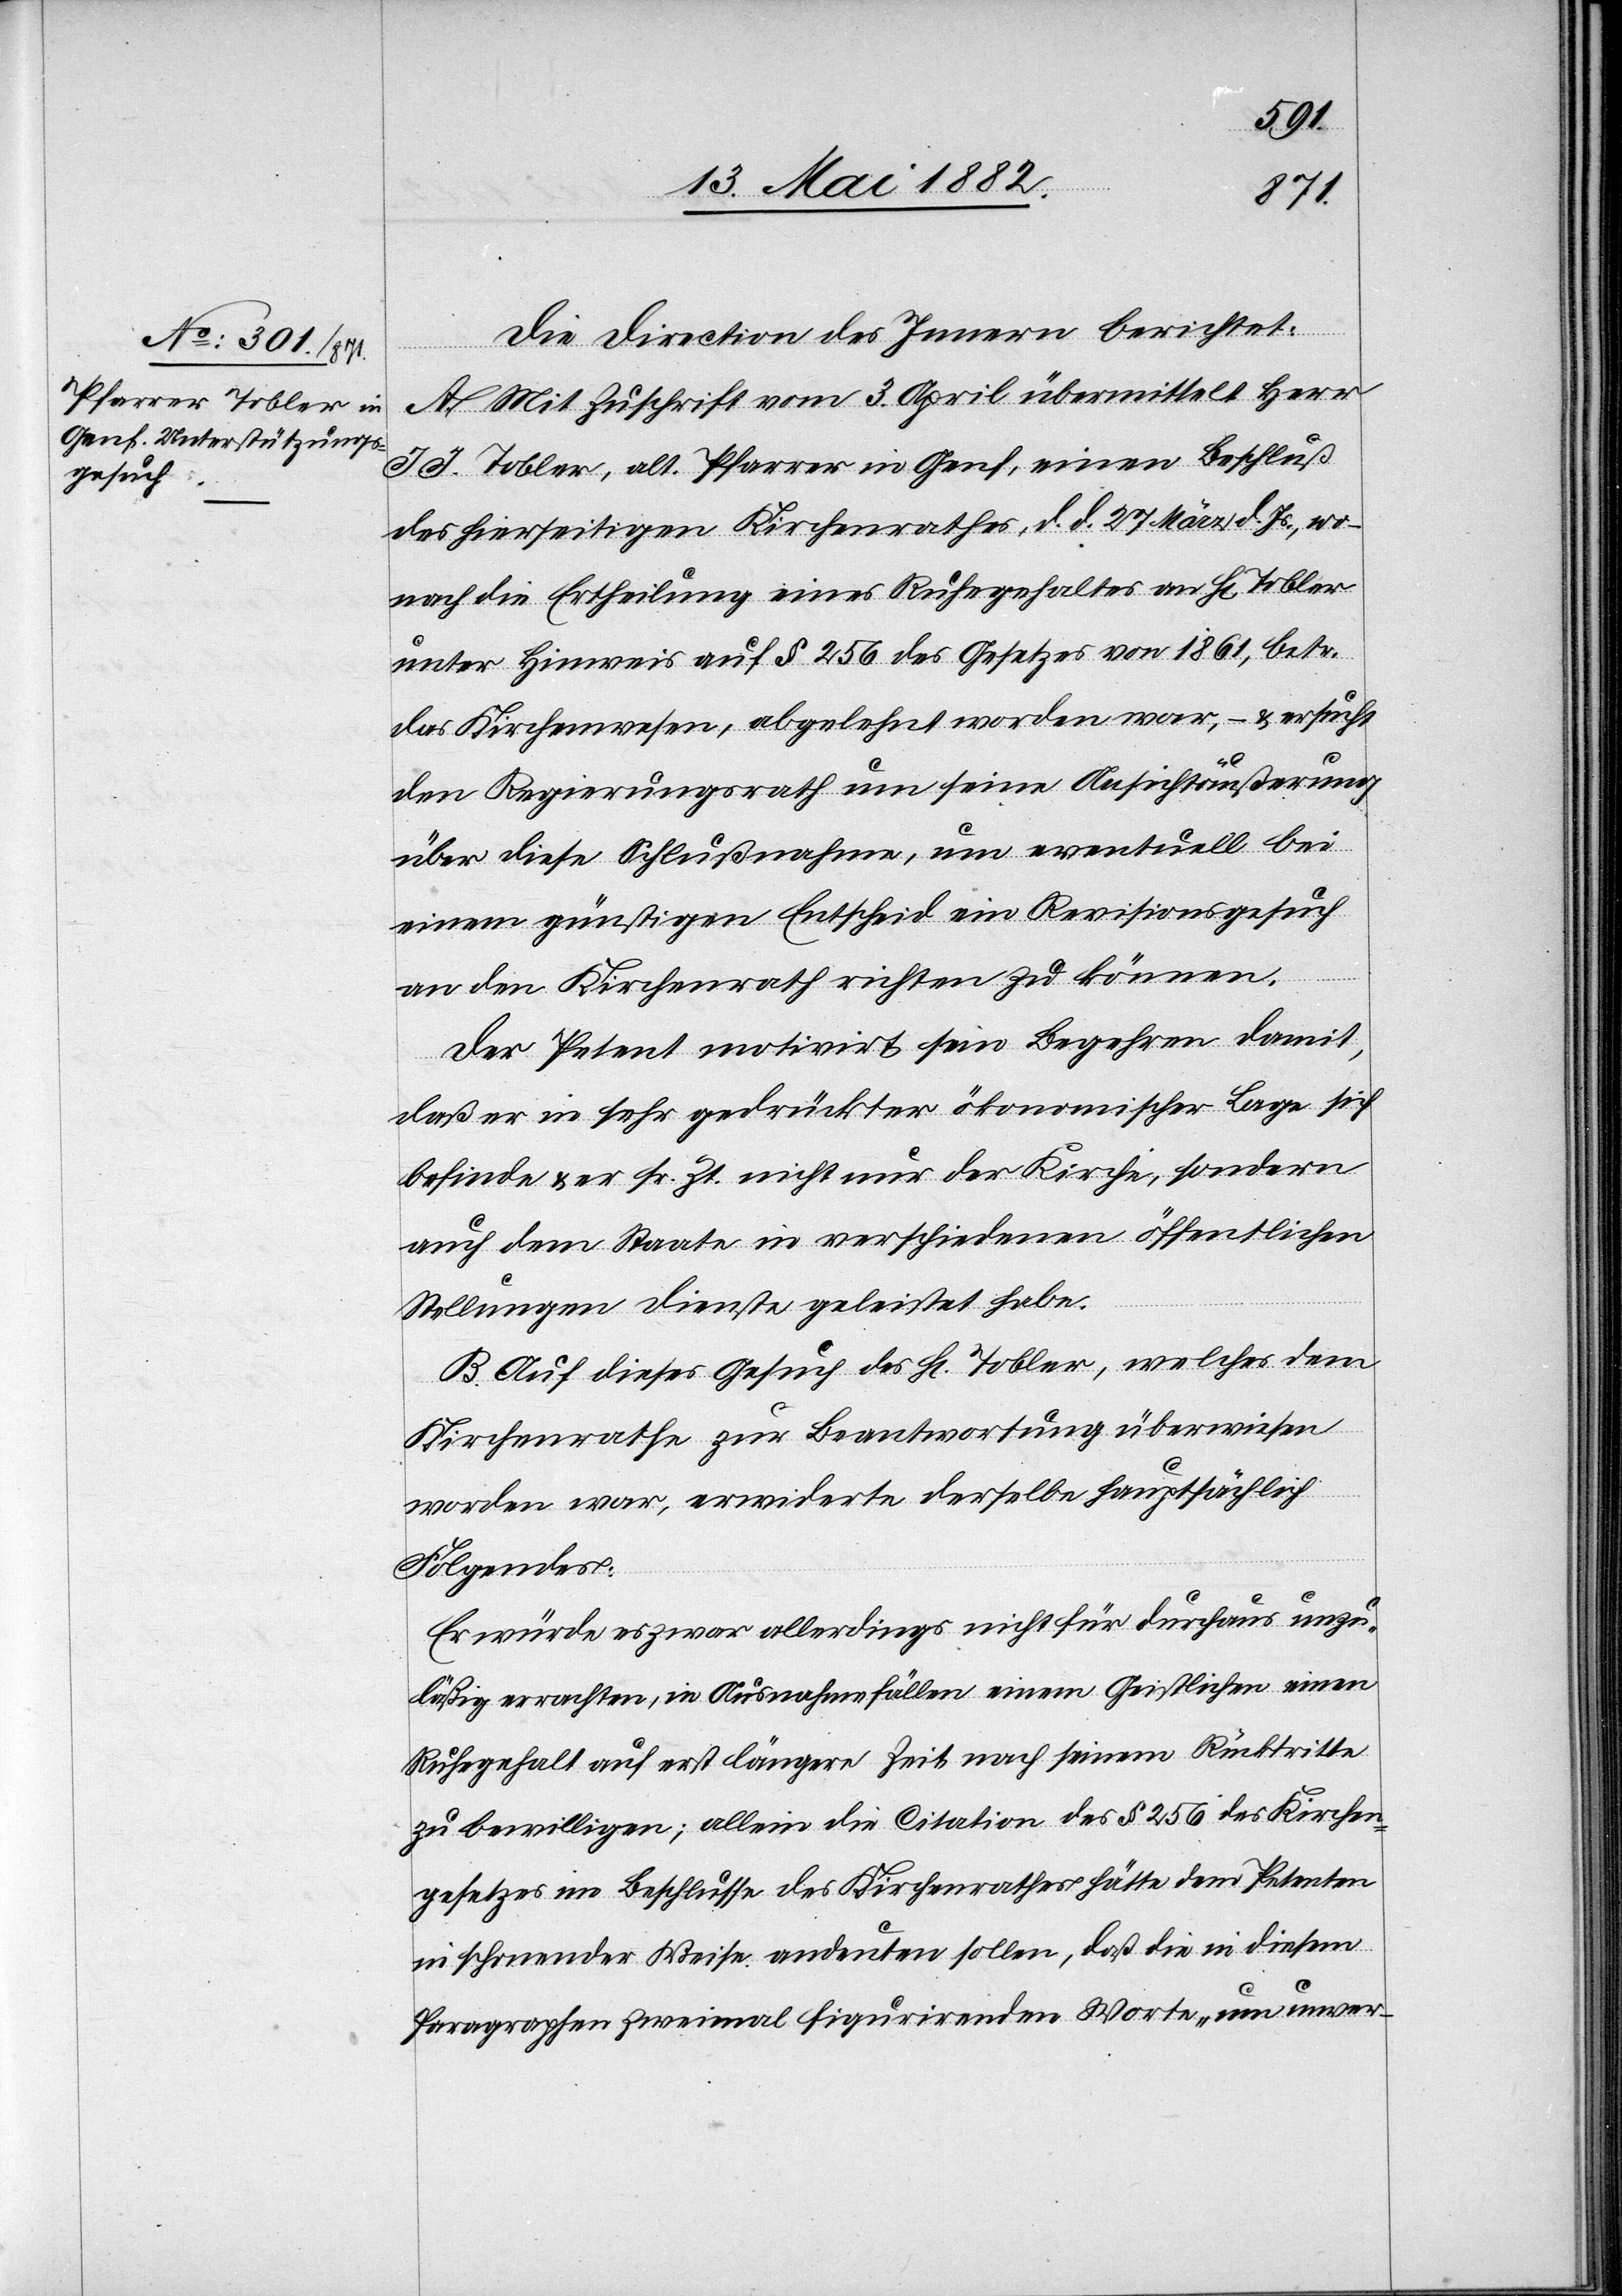
Die Direction des Innern berichtet:
A. Mit Zuschrift vom 3. April übermittelt Herr
J. J. Tobler, alt. Pfarrer in Genf, einen Beschluß
des hierseitigen Kirchenrathes, d. d. 27. März d. Js., wo¬
nach die Ertheilung eines Ruhegehaltes an H[rn]. Tobler
unter Hinweis auf § 256 des Gesetzes von 1861, betr.
das Kirchenwesen, abgelehnt worden war, – & ersucht
den Regierungsrath um seine Ansichtäußerung
über diese Schlußnahme, um eventuell bei
einem günstigen Entscheid ein Revisionsgesuch
an den Kirchenrath richten zu können.
Der Petent motivirt sein Begehren damit,
daß er in sehr gedrückter ökonomischer Lage sich
befinde & er sr. Zt. nicht nur der Kirche, sondern
auch dem Staate in verschiedenen öffentlichen
Stellungen Dienste geleistet habe.
B. Auf dieses Gesuch des H[rn]. Tobler, welches dem
Kirchenrathe zur Beantwortung überwiesen
worden war, erwiderte derselbe hauptsächlich
Folgendes:
Er würde es zwar allerdings nicht für durchaus unzu¬
läßig erachten, in Ausnahmefällen einem Geistlichen einen
Ruhegehalt auf erst längere Zeit nach seinem Rücktritte
zu bewilligen; allein die Citation des § 256 des Kirchen¬
gesetzes im Beschlusse des Kirchenrathes hätte dem Petenten
in schonender Weise andeuten sollen, daß die in diesem
Paragraphen zweimal figurirenden Worte „um unver-